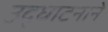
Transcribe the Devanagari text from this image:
उद्घाटनाने